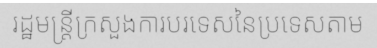
រដ្ឋមន្ត្រីក្រសួងការបរទេសនៃប្រទេសតាម